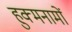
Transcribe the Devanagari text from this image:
हुक्मनामों